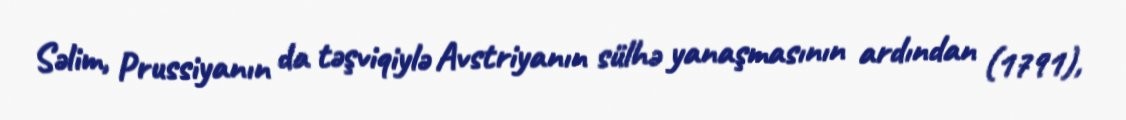
Səlim, Prussiyanın da təşviqiylə Avstriyanın sülhə yanaşmasının ardından (1791),